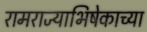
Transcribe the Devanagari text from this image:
रामराज्याभिषेकाच्या